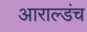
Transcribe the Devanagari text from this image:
आराल्डंच